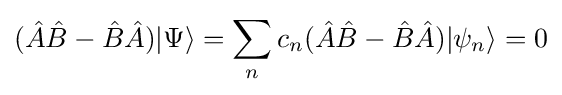
({\hat {A}}{\hat {B}}-{\hat {B}}{\hat {A}})|\Psi \rangle =\sum _{n}c_{n}({\hat {A}}{\hat {B}}-{\hat {B}}{\hat {A}})|\psi _{n}\rangle =0